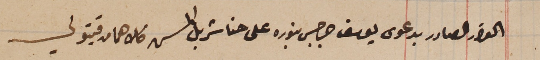
القرار الصادر بدعوى يوسف جرجس بنوره على حنا شربل المسن كلاهما من قيتولي